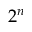
2 ^ { n }